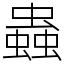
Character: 蟲